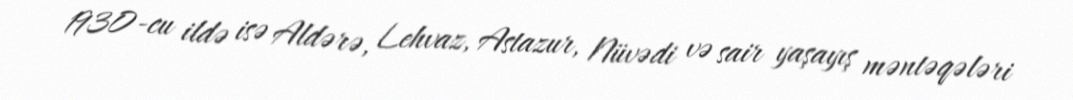
1930-cu ildə isə Aldərə, Lehvaz, Astazur, Nüvədi və sair yaşayış məntəqələri